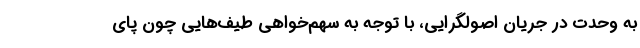
به وحدت در جریان اصولگرایی، با توجه به سهم‌خواهی طیف‌هایی چون پای